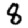
Digit: 8